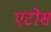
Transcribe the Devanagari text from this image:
एटोस